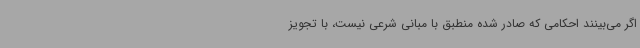
اگر می‌بینند احکامی که صادر شده منطبق با مبانی شرعی نیست، با تجویز